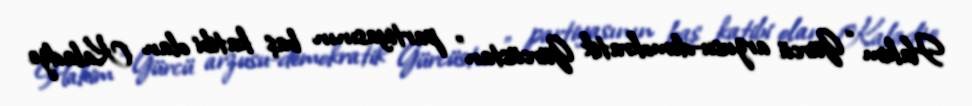
Hakim “Gürcü arzusu-demokratik Gürcüstan” partiyasının baş katibi olan Kaladze